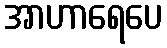
အာဟာရေပေ